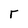
Character: r